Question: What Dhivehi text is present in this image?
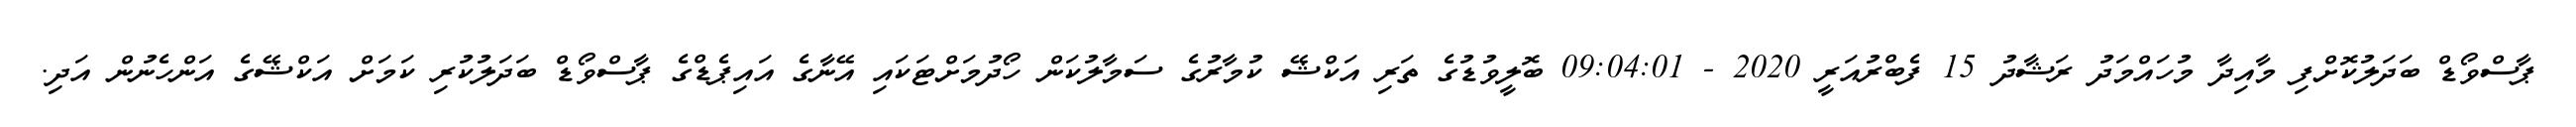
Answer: ޕާސްވޯޑް ބަދަލުކޮށްފި މާއިދާ މުހައްމަދު ރަޝާދު 15 ފެބްރުއަރީ 2020 - 09:04:01 ބޮލީވުޑުގެ ތަރި އަކްޝޭ ކުމާރުގެ ސަމާލުކަން ހޯދުމަށްޓަކައި އޭނާގެ އައިޕެޑްގެ ޕާސްވޯޑް ބަދަލުކުރި ކަމަށް އަކްޝޭގެ އަންހެނުން އަދި.